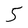
Character: 5